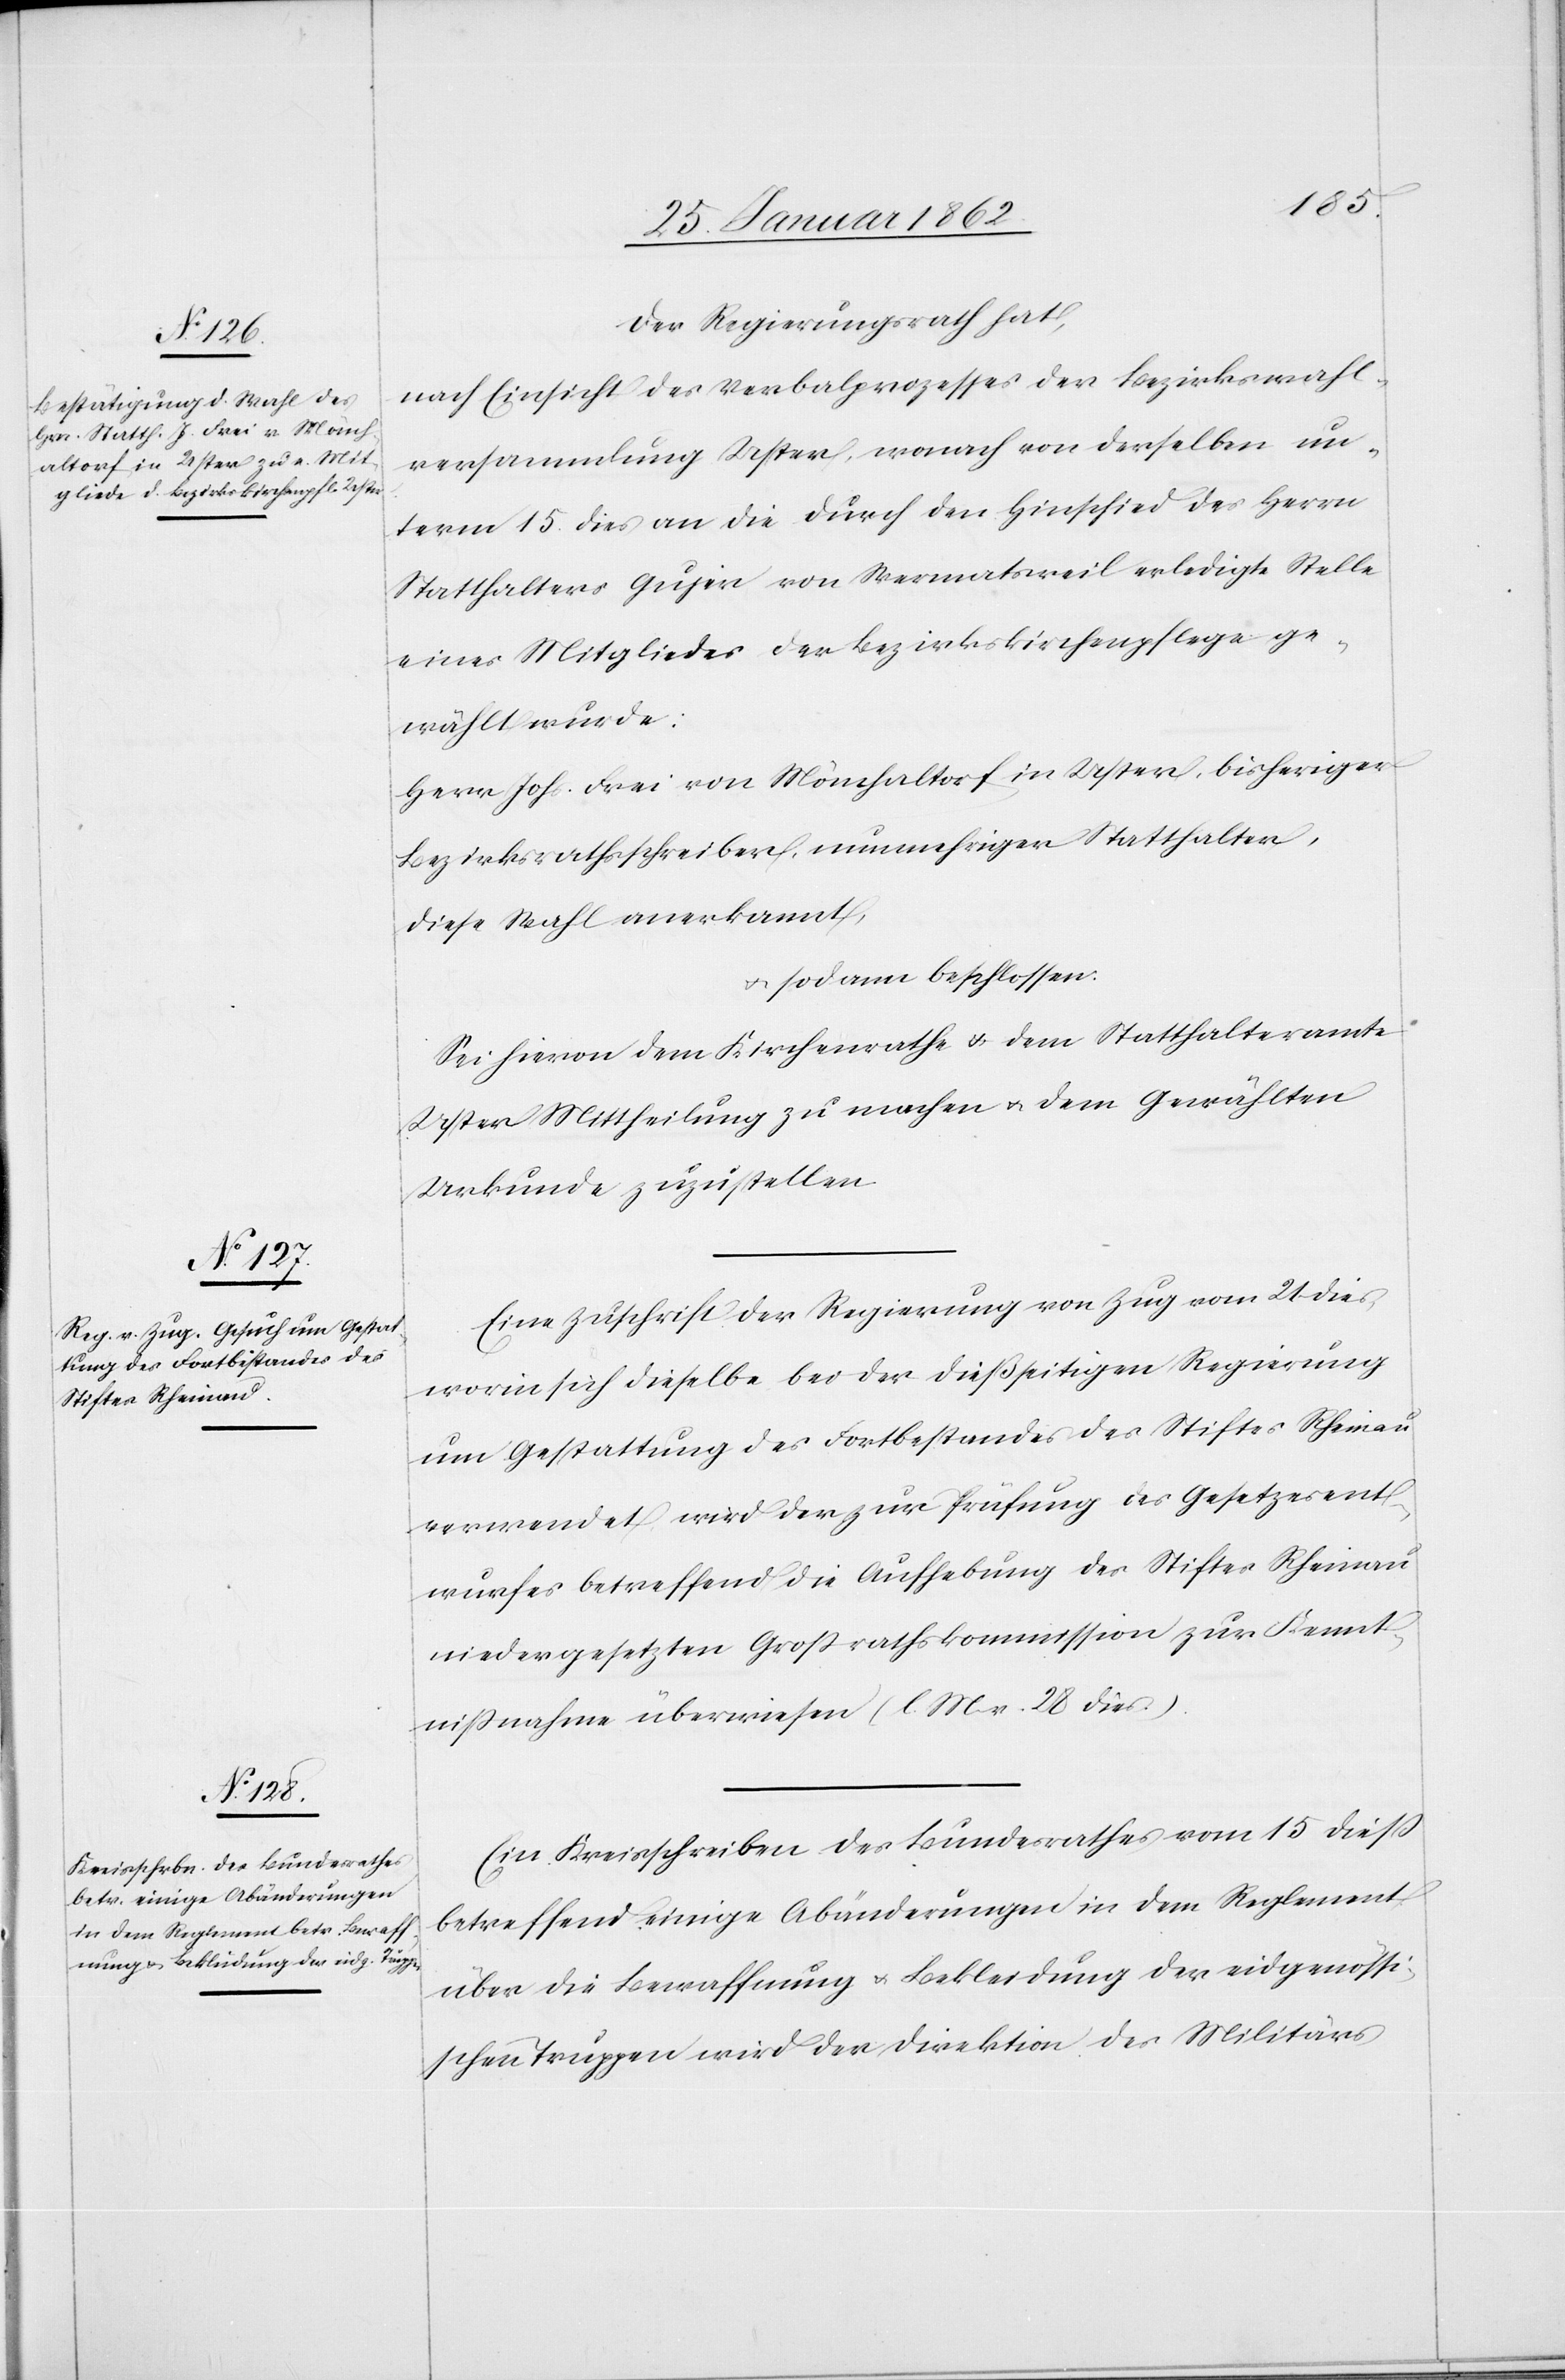
Der Regierungsrath hat,
nach Einsicht des Verbalprozesses der Bezirkswahl¬
versammlung Uster, wonach von derselben un¬
term 15. dies an die durch den Hinschied des Herrn
Statthalters Gujer von Wermatsweil erledigte Stelle
eines Mitgliedes der Bezirkskirchenpflege ge¬
wählt wurde:
Herr Johs. Frei von Mönchaltorf in Uster, bisheriger
Bezirksrathsschreiber, nunmehriger Statthalter,
diese Wahl anerkannt,
u. sodann beschlossen:
Sei hievon dem Kirchenrathe u. dem Statthalteramte
Uster Mittheilung zu machen u. dem Gewählten
Urkunde zuzustellen.
Eine Zuschrift der Regierung von Zug vom 21 dies,
worin sich dieselbe bei der dießseitigen Regierung
um Gestattung des Fortbestandes des Stiftes Rheinau
verwendet, wird der zur Prüfung des Gesetzesent¬
wurfes betreffend die Aufhebung des Stiftes Rheinau
niedergesetzten Großrathskommission zur Kennt¬
nißnahme überwiesen (l. M. v.28 dies.).
Ein Kreisschreiben des Bundesrathes vom 15 dieß
betreffend einige Abänderungen in dem Reglement
über die Bewaffnung u. Bekleidung der eidgenössi¬
schen Truppen wird der Direktion des Militärs